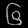
Digit: ၆